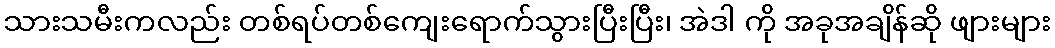
သားသမီးကလည်း တစ်ရပ်တစ်ကျေးရောက်သွားပြီးပြီး၊ အဲဒါ ကို အခုအချိန်ဆို ဖျားများ